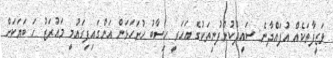
ވަޒީފާތަކެއް އުފައްދާނެ: ސައީދުކުންފުނިތަކުގެ އަހަރީ ހިސާބު ހުށަހަޅަން އަންގައިފިގައުމީ މައުރަޒު ހަ ބަޔަކަށް